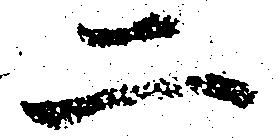
二